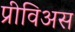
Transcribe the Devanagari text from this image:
प्रीविअस